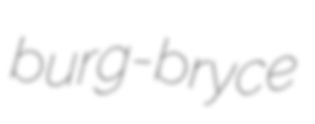
burg-bryce